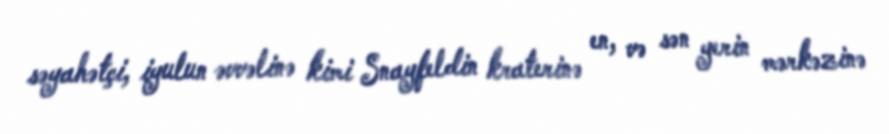
səyahətçi, iyulun əvvəlinə kimi Snayfeldin kraterinə en, və sən yerin mərkəzinə